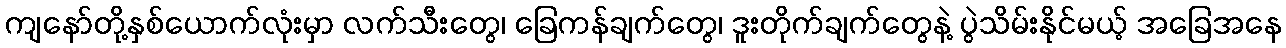
ကျနော်တို့နှစ်ယောက်လုံးမှာ လက်သီးတွေ၊ ခြေကန်ချက်တွေ၊ ဒူးတိုက်ချက်တွေနဲ့ ပွဲသိမ်းနိုင်မယ့် အခြေအနေ